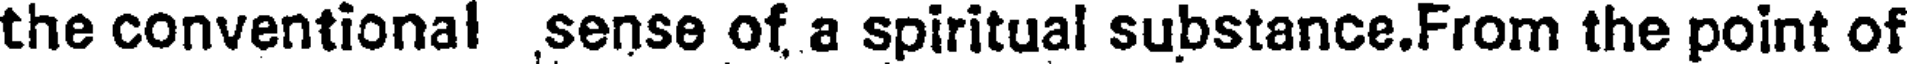
the conventional ,sense of a spiritual substance.From the point of